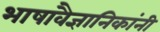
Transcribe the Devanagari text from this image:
भाषावैज्ञानिकांनी